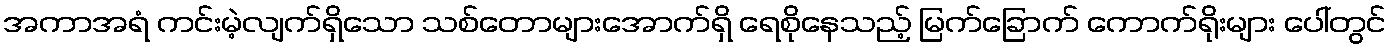
အကာအရံ ကင်းမဲ့လျက်ရှိသော သစ်တောများအောက်ရှိ ရေစိုနေသည့် မြက်ခြောက် ကောက်ရိုးများ ပေါ်တွင်